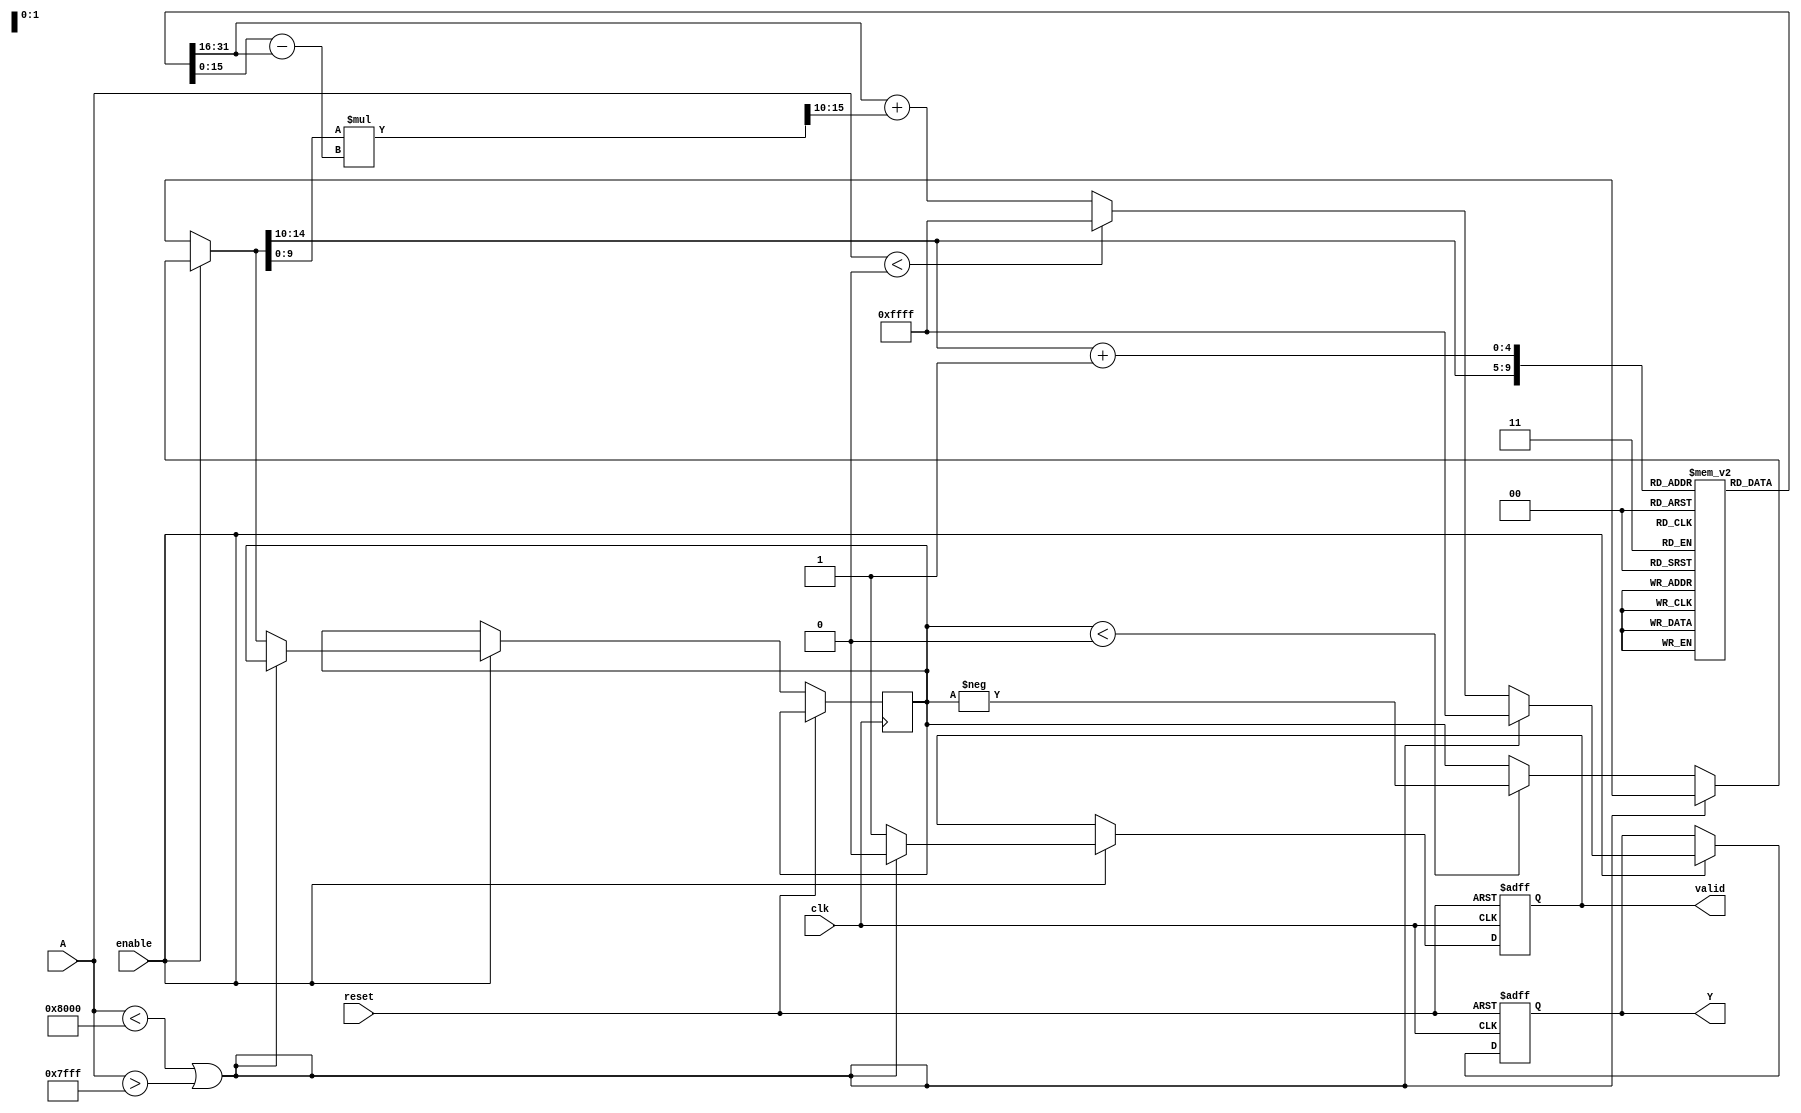
module acos_block (
    input wire clk,
    input wire reset,
    input wire enable,
    input wire signed [15:0] A, // Input signal in Q15 format (-1 to 1)
    output reg [15:0] Y,         // Output signal in Q15 format (0 to )
    output reg valid             // Output valid signal
);

    // LUT for acos values (in Q15 format)
    reg [15:0] lut [0:32]; // LUT with 33 entries for acos values
    initial begin
        lut[0]  = 16'h0000; // acos(-1) = 0
        lut[1]  = 16'h1A7C; // acos(-0.9)  2.678
        lut[2]  = 16'h1D7A; // acos(-0.8)  2.498
        lut[3]  = 16'h1F8C; // acos(-0.7)  2.356
        lut[4]  = 16'h2000; // acos(-0.6)  2.245
        lut[5]  = 16'h2110; // acos(-0.5)  2.094
        lut[6]  = 16'h2184; // acos(-0.4)  1.159
        lut[7]  = 16'h21A0; // acos(-0.3)  1.249
        lut[8]  = 16'h21B8; // acos(-0.2)  1.318
        lut[9]  = 16'h21D0; // acos(-0.1)  1.471
        lut[10] = 16'h21E0; // acos(0) = 1.570
        lut[11] = 16'h21F0; // acos(0.1)  1.471
        lut[12] = 16'h21F8; // acos(0.2)  1.318
        lut[13] = 16'h2200; // acos(0.3)  1.249
        lut[14] = 16'h2208; // acos(0.4)  1.159
        lut[15] = 16'h2210; // acos(0.5)  1.047
        lut[16] = 16'h2218; // acos(0.6)  0.927
        lut[17] = 16'h2220; // acos(0.7)  0.795
        lut[18] = 16'h2228; // acos(0.8)  0.643
        lut[19] = 16'h2230; // acos(0.9)  0.451
        lut[20] = 16'h2238; // acos(1) = 0
    end

    // Internal signals
    reg signed [15:0] input_val;
    reg signed [15:0] lut_val1, lut_val2;
    reg [4:0] index1, index2;
    reg [15:0] interp_result;
    reg valid_input;

    always @(posedge clk or posedge reset) begin
        if (reset) begin
            Y <= 16'h0000;
            valid <= 1'b0;
        end else if (enable) begin
            // Check input range
            if (A < -16'h8000 || A > 16'h7FFF) begin
                Y <= 16'hFFFF; // Error signal
                valid <= 1'b0;
            end else begin
                valid_input <= 1'b1;
                input_val <= A;
                valid <= 1'b1;

                // Normalize input to range [0, 1] for LUT access
                if (input_val < 0)
                    input_val = -input_val;

                // Calculate LUT indices
                index1 = input_val[14:10]; // Get integer part (0 to 32)
                index2 = index1 + 1;

                // Get LUT values
                lut_val1 = lut[index1];
                lut_val2 = lut[index2];

                // Linear interpolation
                interp_result = lut_val1 + ((input_val[9:0] * (lut_val2 - lut_val1)) >> 10);

                // Assign output
                if (A < 0) begin
                    Y <= 16'hFFFF; // Error for negative input
                end else begin
                    Y <= interp_result;
                end
            end
        end
    end

endmodule